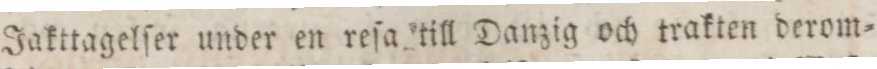
Jakttagelſer under en reſa till Danzig och trakten derom=